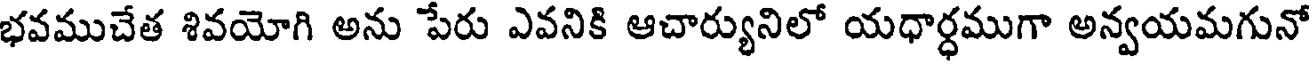
భవముచేత శివయోగి అను పేరు ఎవనికి ఆచార్యునిలో యధార్ధముగా అన్వయమగునో